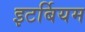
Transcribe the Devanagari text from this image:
इटर्बियम